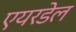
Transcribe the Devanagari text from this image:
एयरडेल